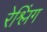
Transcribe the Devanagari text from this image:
रेश्लिंग